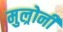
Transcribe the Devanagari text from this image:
मुल्रोनी